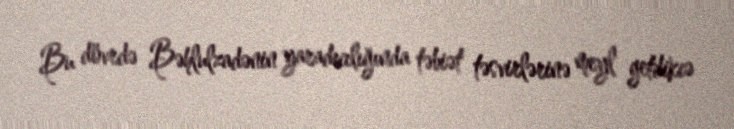
Bu dövrdə Bəhlulzadənin yaradıcılığında təbiət təsvirlərinə meyl getdikcə